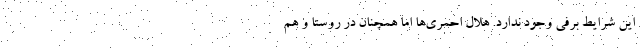
این شرایط برفی وجود ندارد. هلال احمری‌ها اما همچنان در روستا و هم